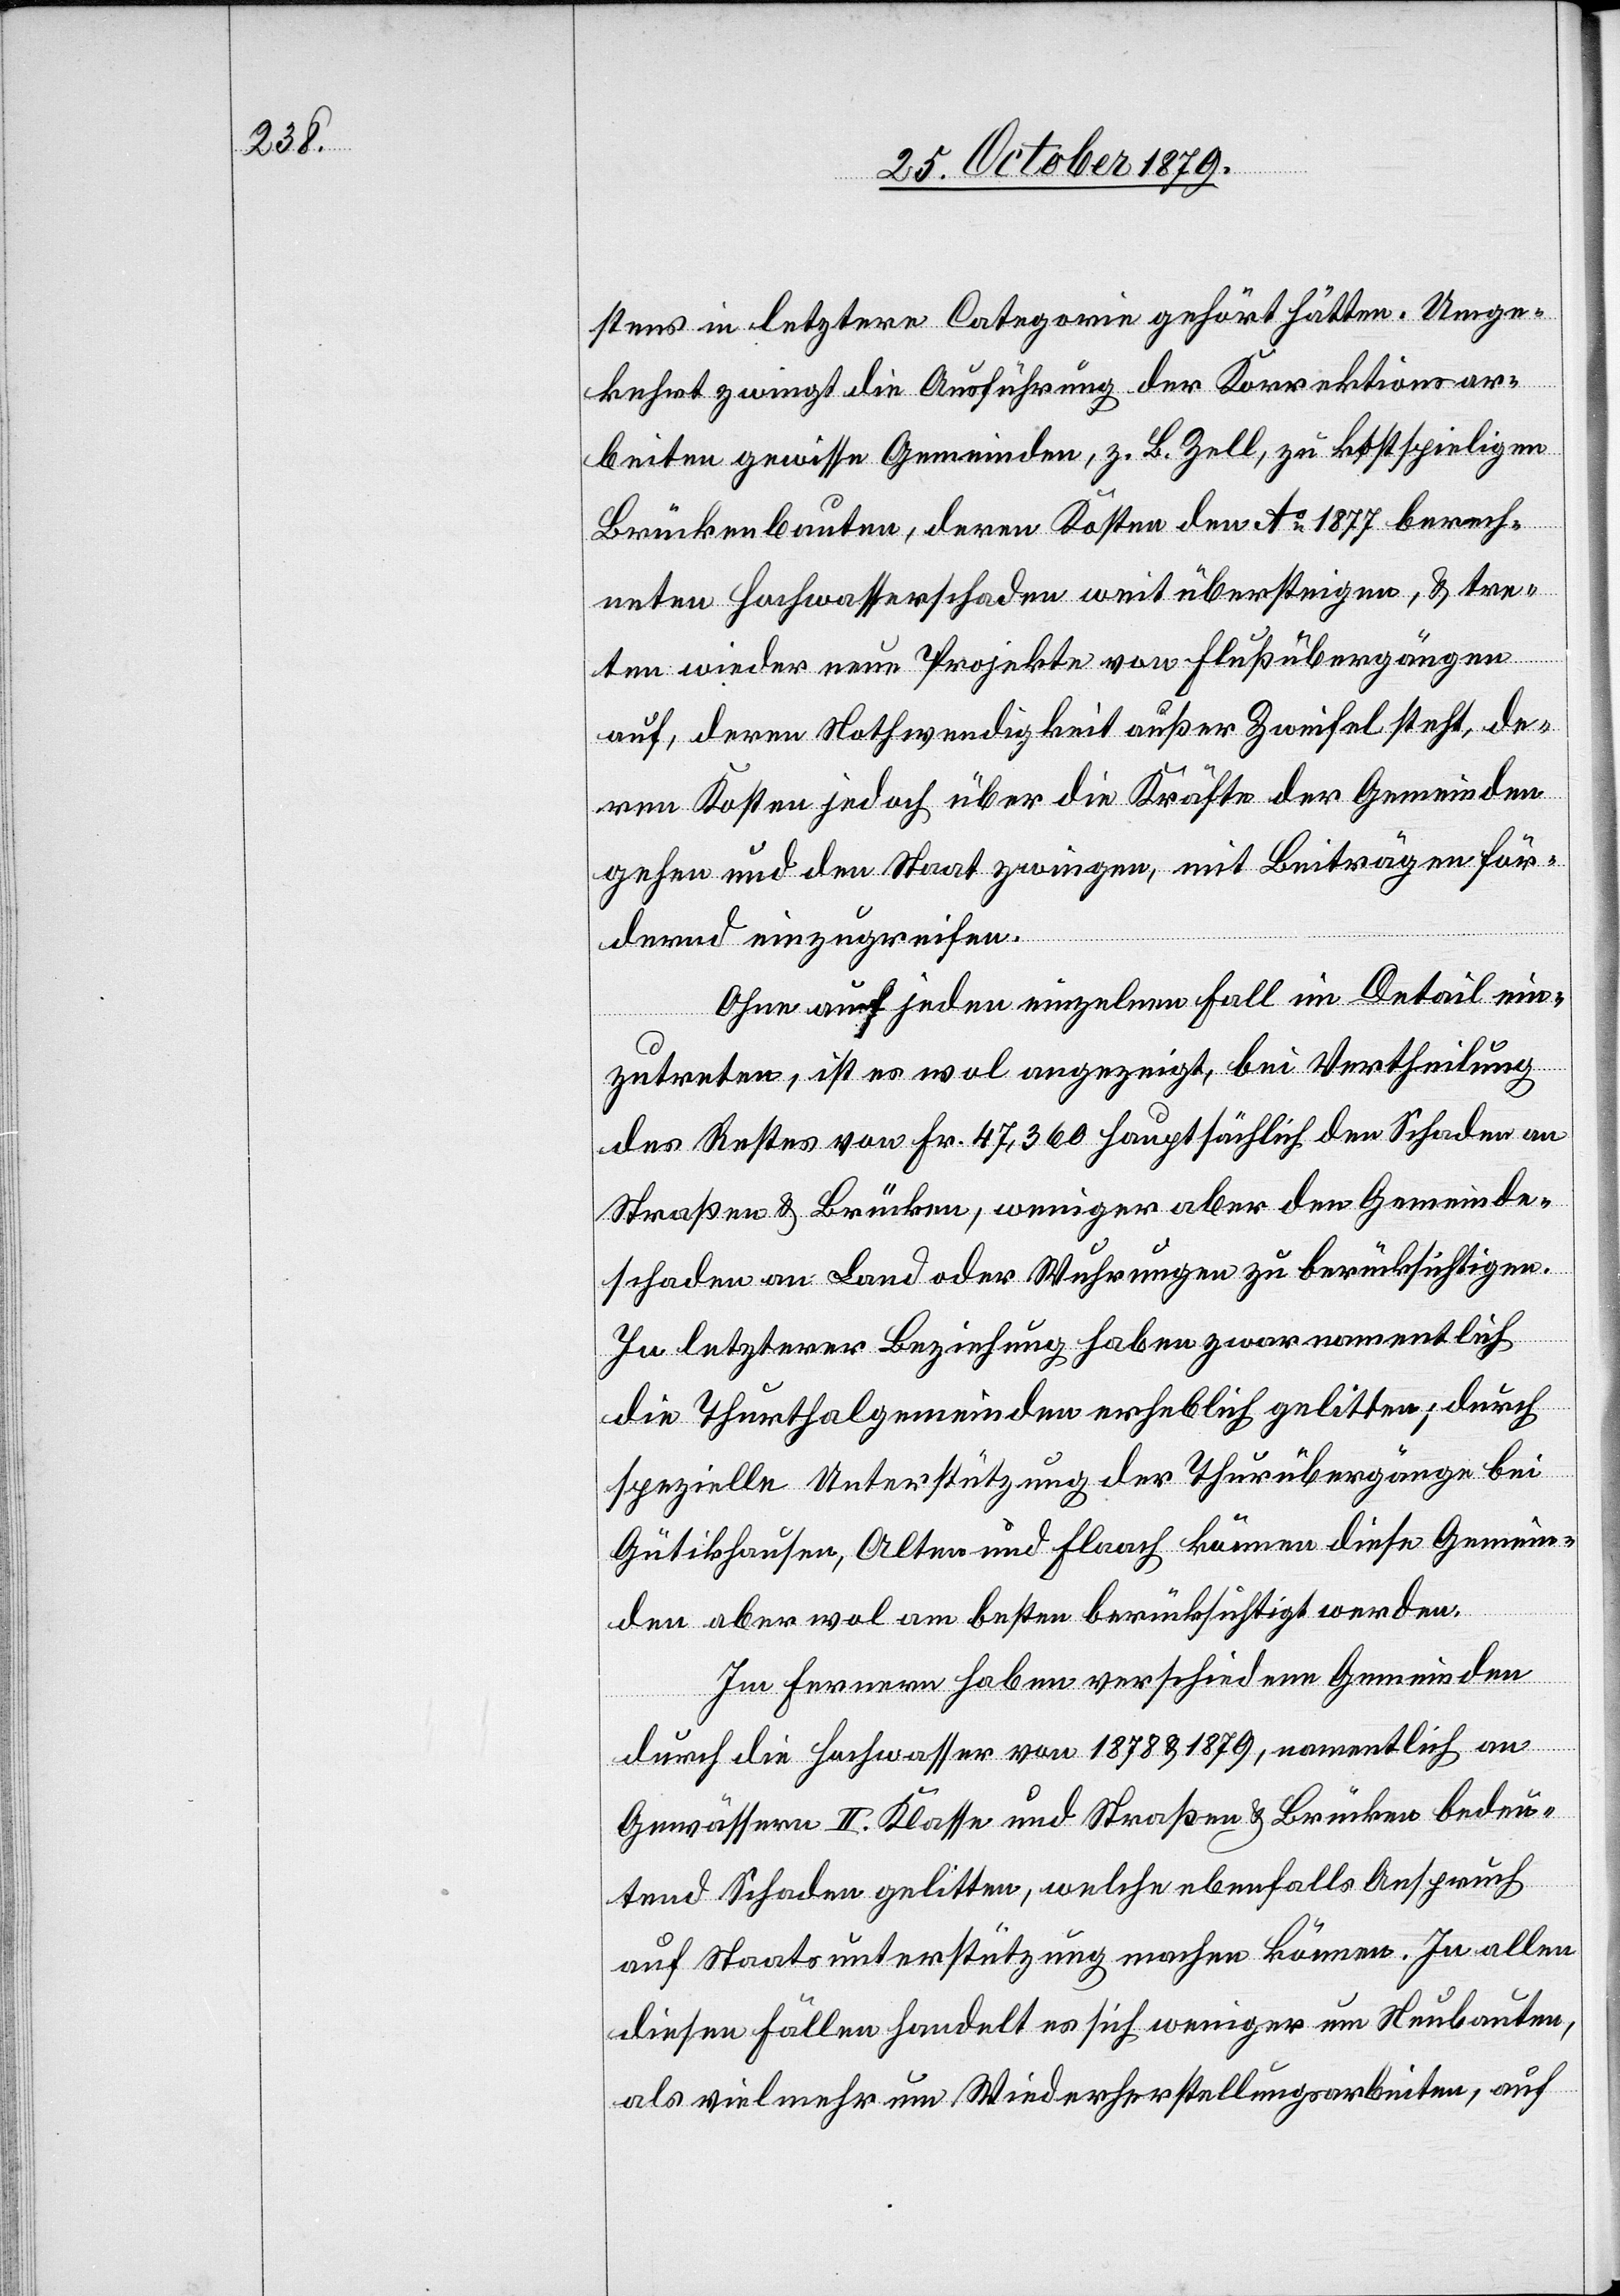
stens in letztere Categorie gehört hätten. Umge¬
kehrt zwingt die Ausführung der Korrektionsar¬
beiten gewisse Gemeinden, z. B Zell, zu kostspieligen
Brückenbauten, deren Kosten den Ao 1877 berech¬
neten Hochwasserschaden weit übersteigen, & tre¬
ten wieder neue Projekte von Flußübergängen
auf, deren Nothwendigkeit außer Zweifel steht, de¬
ren Kosten jedoch über die Kräfte der Gemeinden
gehen und den Staat zwingen, mit Beiträgen för¬
dernd einzugreifen.
Ohne auf jeden einzelnen Fall im Detail ein¬
zutreten ist es wol angezeigt, bei Vertheilung
des Restes von Fr. 47,360 hauptsächlich den Schaden an
Straßen & Brücken, weniger aber den Gemeinde¬
schaden an Land oder Wuhrungen zu berücksichtigen.
In letzterer Beziehung haben zwar namentlich
die Thurthalgemeinden erheblich gelitten, durch
spezielle Unterstützung der Thurübergänge bei
Gütikhausen, Olten und Flaach können diese Gemein¬
den aber wol am besten berücksichtigt werden.
Im Fernern haben verschiedene Gemeinden
durch die Hochwasser von 1878 & 1879, namentlich an
Gewässern II. Klasse und Straßen & Brücken bedeu¬
tend Schaden gelitten, welche ebenfalls Anspruch
auf Staatsunterstützung machen können. In allen
diesen Fällen handelt es sich weniger um Neubauten,
als vielmehr um Wiederherstellungsarbeiten, auf